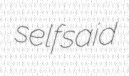
selfsaid